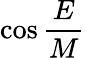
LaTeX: \cos\frac{E}{M}